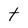
Character: t